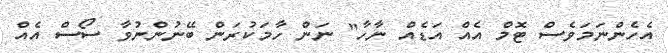
އެހެންނަމަވެސް ޓޮމް އެއް އަޑެއް ނާހާ" ނަން ހާމަކުރަން ބޭނުންނުވާ ސޯސް އެއް